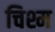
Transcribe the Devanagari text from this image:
चिश्म